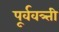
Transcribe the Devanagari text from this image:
पूर्ववत्र्ती